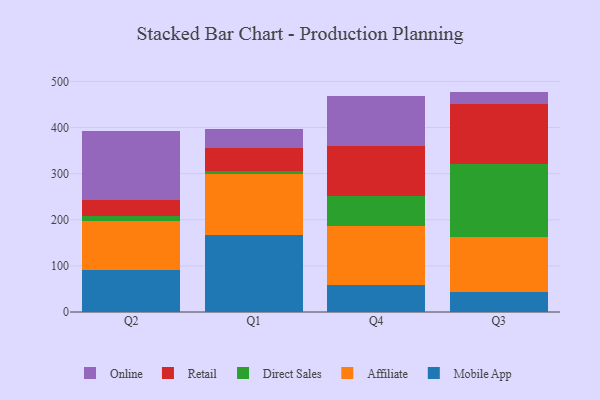
{"axis": {"x": "Quarter", "y": "Demand Index"}, "legend": ["Affiliate", "Direct Sales", "Mobile App", "Online", "Retail"], "data": [{"x": "Q2", "y": 90.4, "type": "Mobile App"}, {"x": "Q2", "y": 106.8, "type": "Affiliate"}, {"x": "Q2", "y": 11.5, "type": "Direct Sales"}, {"x": "Q2", "y": 34.7, "type": "Retail"}, {"x": "Q2", "y": 148.6, "type": "Online"}, {"x": "Q1", "y": 167.6, "type": "Mobile App"}, {"x": "Q1", "y": 131.7, "type": "Affiliate"}, {"x": "Q1", "y": 7.3, "type": "Direct Sales"}, {"x": "Q1", "y": 48.3, "type": "Retail"}, {"x": "Q1", "y": 42.0, "type": "Online"}, {"x": "Q4", "y": 58.1, "type": "Mobile App"}, {"x": "Q4", "y": 127.8, "type": "Affiliate"}, {"x": "Q4", "y": 65.4, "type": "Direct Sales"}, {"x": "Q4", "y": 108.8, "type": "Retail"}, {"x": "Q4", "y": 107.3, "type": "Online"}, {"x": "Q3", "y": 44.4, "type": "Mobile App"}, {"x": "Q3", "y": 118.7, "type": "Affiliate"}, {"x": "Q3", "y": 158.2, "type": "Direct Sales"}, {"x": "Q3", "y": 128.7, "type": "Retail"}, {"x": "Q3", "y": 27.9, "type": "Online"}]}